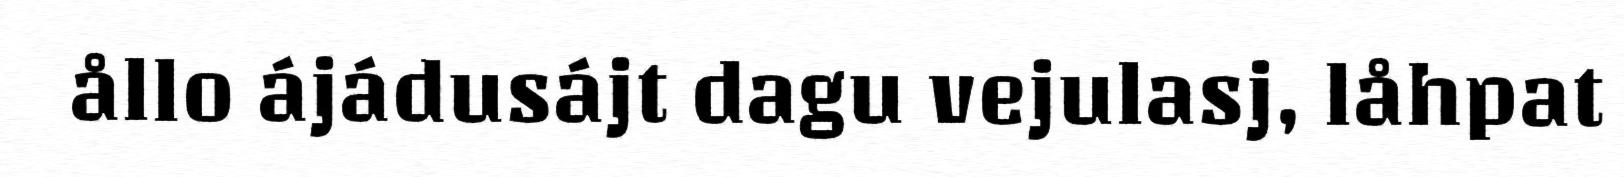
ållo ájádusájt dagu vejulasj, låhpat